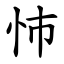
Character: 㤄